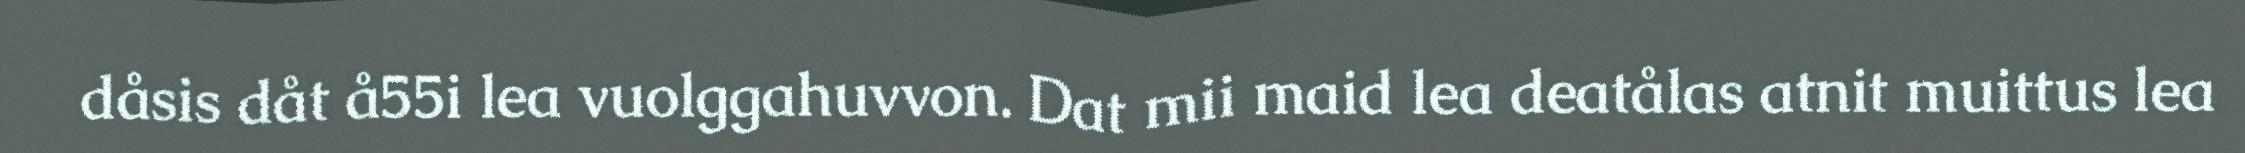
dåsis dåt å55i lea vuolggahuvvon. Dat mii maid lea deatålas atnit muittus lea